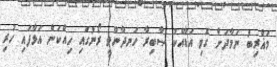
މަޣްރިބު ނަމާދަށް ގޮވި އަޑާއެކު ޞާބިރާ ހަނދާންވީ ރޯނުގައި ހިއްކަން އަޅާފައި ހުރި